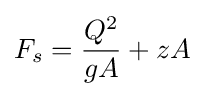
F_{s}={\frac {Q^{2}}{gA}}+zA